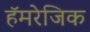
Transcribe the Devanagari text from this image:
हॅमरेजिक